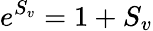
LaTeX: e^{S_{v}}=1+S_{v}